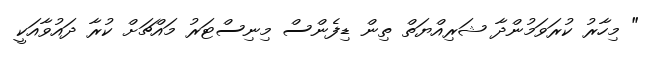
" މިހާރު ކުރަވަމުންދާ ޝަރިއްޔަތް ތިން ޑިފެންސް މިނިސްޓަރު މައްޗަށް ކުރާ ދައުވާއަކީ